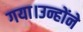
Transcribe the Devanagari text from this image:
गया।उन्होंने